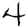
Digit: 4